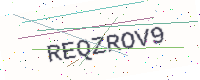
Text: REQZROV9